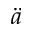
\ddot { a }